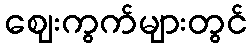
ဈေးကွက်များတွင်